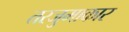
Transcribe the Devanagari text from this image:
तरजुमाकार